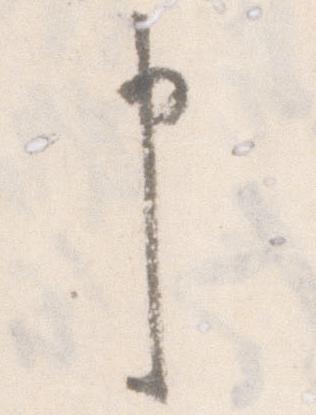
申